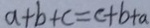
a + b + c = c + b + a